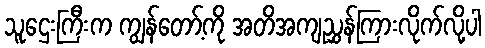
သူဌေးကြီးက ကျွန်တော့်ကို အတိအကျညွှန်ကြားလိုက်လို့ပါ